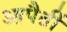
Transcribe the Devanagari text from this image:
आपैतीं